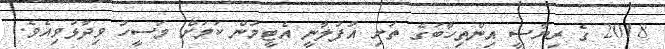
2018 ގެ ރިޔާސީ އިންތިހާބުގެ ތަށި އުފުލާނީ އެޓީމުން ކަމަށް މަސީހު ވިދާޅުވިއެވެ.